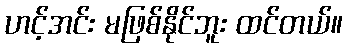
ဟင့်အင်း မဖြစ်နိုင်ဘူး ထင်တယ်။